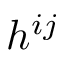
h ^ { i j }